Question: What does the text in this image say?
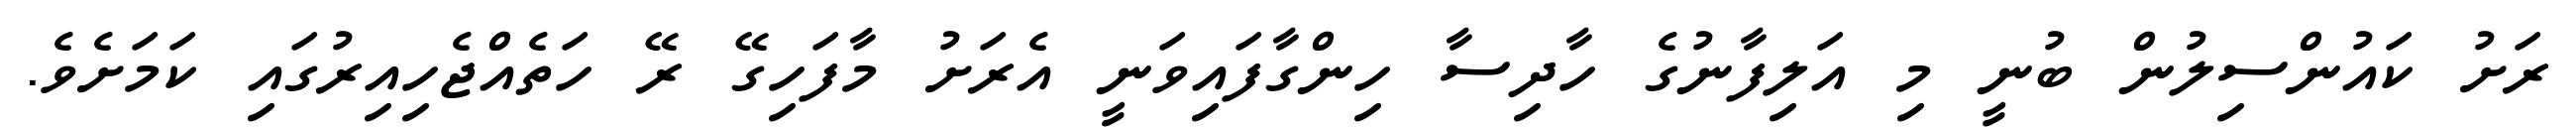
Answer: ރަށު ކައުންސިލުން ބުނީ މި އަލިފާނުގެ ހާދިސާ ހިންގާފައިވަނީ އެރަށު މާފަހިގޭ ރޭ ހަތެއްޖެހިއިރުގައި ކަމަށެވެ.